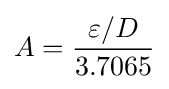
A={\frac {\varepsilon /D}{3.7065}}